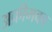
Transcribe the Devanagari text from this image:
अफ़ीमका